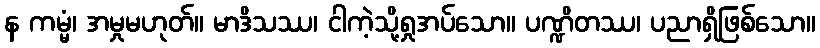
န ကမ္မံ၊ အမှုမဟုတ်။ မာဒိသဿ၊ ငါကဲ့သို့ရှုအပ်သော။ ပဏ္ဍိတဿ၊ ပညာရှိဖြစ်သော။